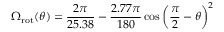
\Omega _ { \mathrm { r o t } } ( \theta ) = \frac { 2 \pi } { 2 5 . 3 8 } - \frac { 2 . 7 7 \pi } { 1 8 0 } \cos \left( \frac { \pi } { 2 } - \theta \right) ^ { 2 }